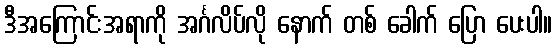
ဒီအကြောင်းအရာကို အင်္ဂလိပ်လို နောက် တစ် ခေါက် ပြော ပေးပါ။